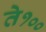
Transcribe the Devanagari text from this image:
ते१००